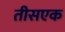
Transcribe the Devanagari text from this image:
तीसएक